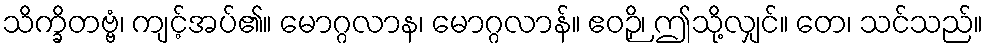
သိက္ခိတဗ္ဗံ၊ ကျင့်အပ်၏။ မောဂ္ဂလာန၊ မောဂ္ဂလာန်။ ဧဝဉှိ၊ ဤသို့လျှင်။ တေ၊ သင်သည်။